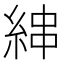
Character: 𦀵